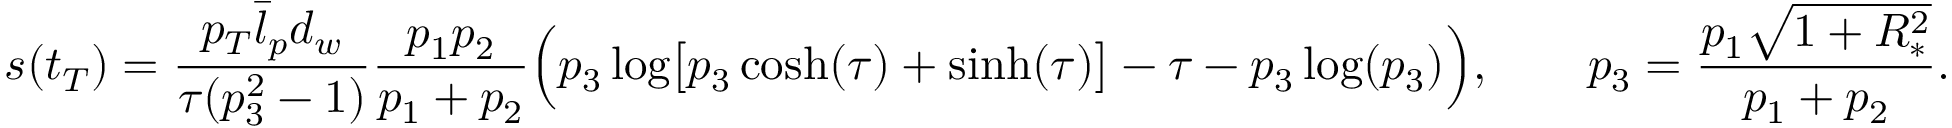
s ( t _ { T } ) = \frac { p _ { T } \bar { l } _ { p } d _ { w } } { \tau ( p _ { 3 } ^ { 2 } - 1 ) } \frac { p _ { 1 } p _ { 2 } } { p _ { 1 } + p _ { 2 } } \Bigl ( p _ { 3 } \log \bigl [ p _ { 3 } \cosh ( \tau ) + \sinh ( \tau ) \bigr ] - \tau - p _ { 3 } \log ( p _ { 3 } ) \Bigr ) , \qquad p _ { 3 } = \frac { p _ { 1 } \sqrt { 1 + R _ { * } ^ { 2 } } } { p _ { 1 } + p _ { 2 } } .